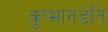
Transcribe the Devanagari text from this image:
कुष्मांनडेति